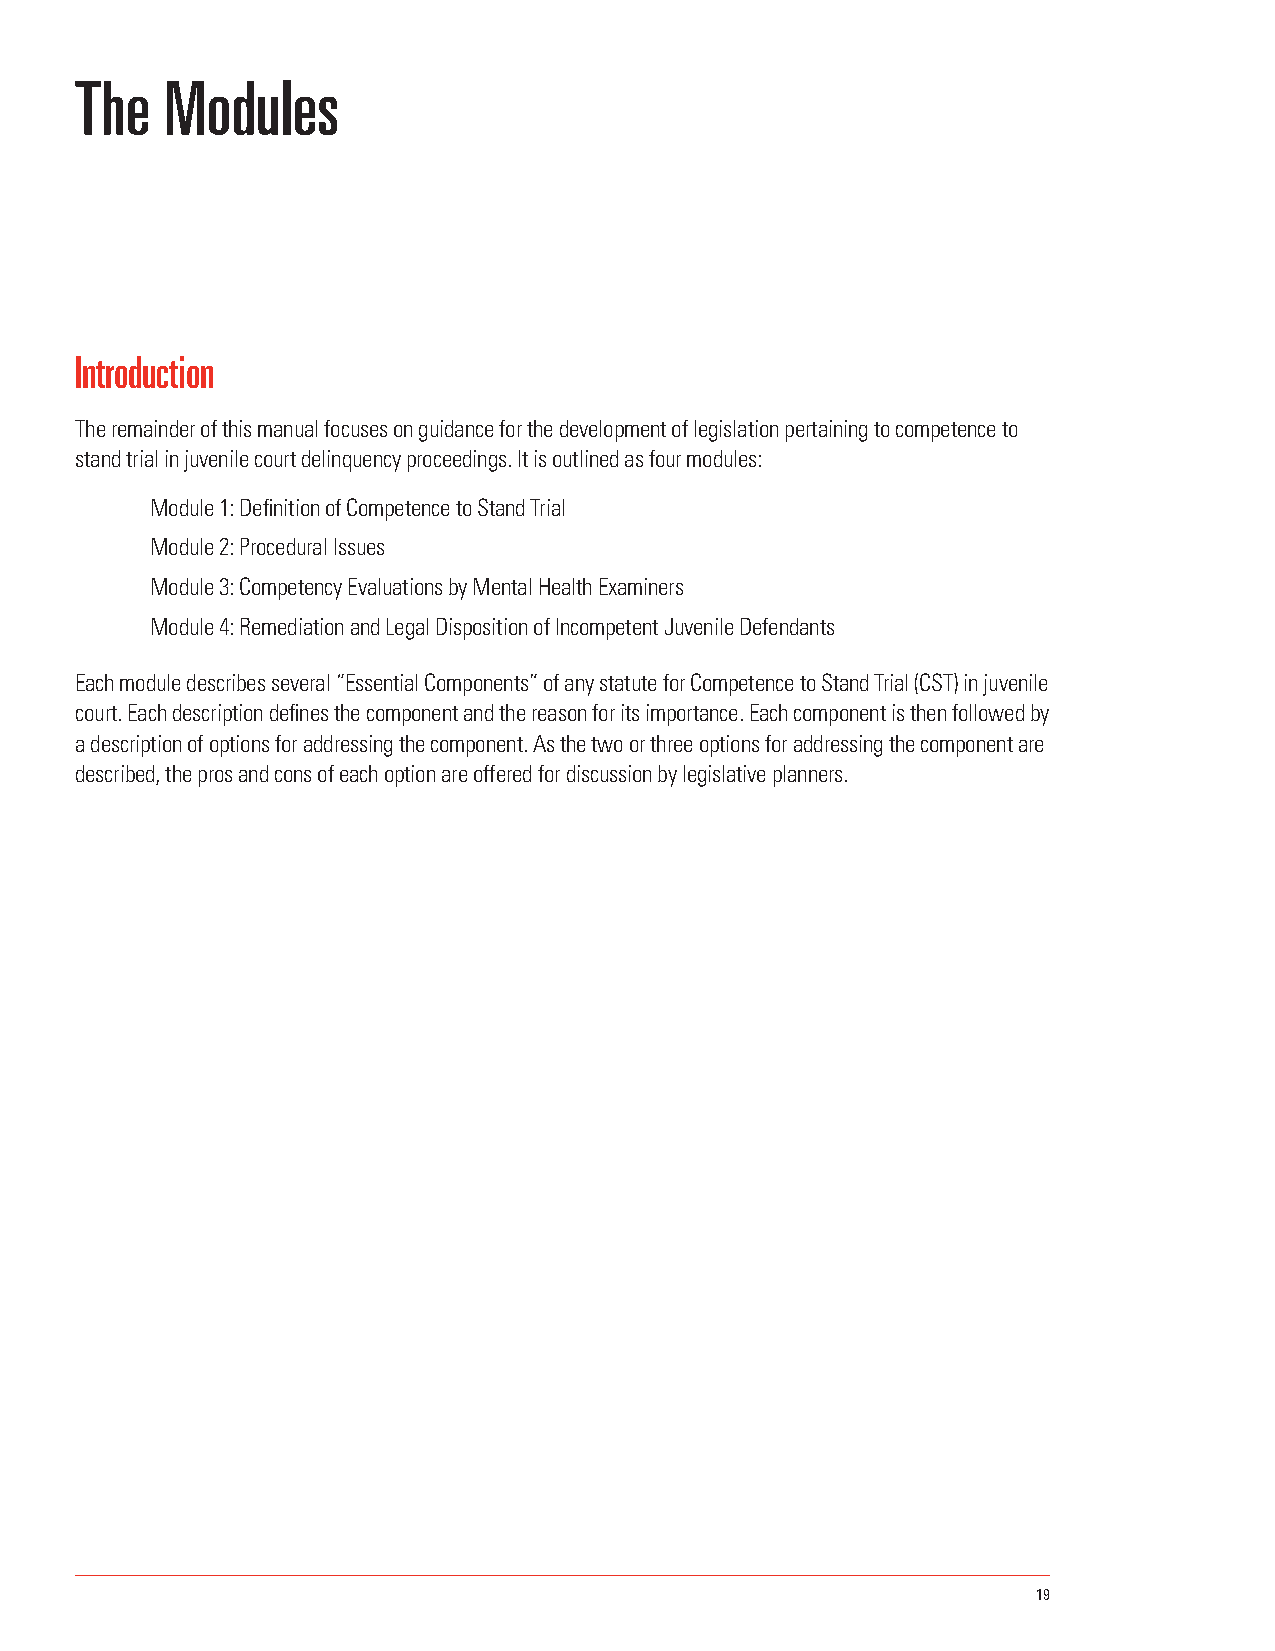
The   Modules
 Introduction
 The remainder of this manual focuses on guidance for the development of legislation pertaining to competence to
 stand trial in juvenile court delinquency proceedings. It is outlined as four modules:
 Module 1: Definition of Competence to Stand Trial
 Module 2: Procedural Issues
 Module 3: Competency Evaluations by Mental Health Examiners
 Module 4: Remediation and Legal Disposition of Incompetent Juvenile Defendants
 Each module describes several “Essential Components” of any statute for Competence to Stand Trial (CST) in juvenile
 court. Each description defines the component and the reason for its importance. Each component is then followed by
 a description of options for addressing the component. As the two or three options for addressing the component are
 described, the pros and cons of each option are offered for discussion by legislative planners.
 19